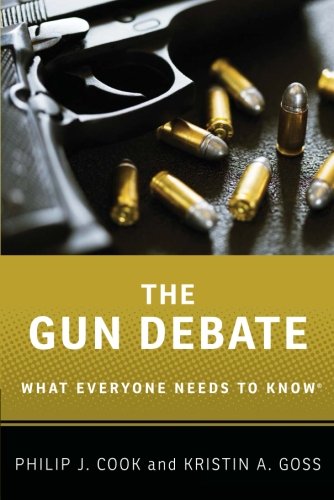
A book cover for The Gun Debate: What Everyone Needs to KnowÂ®; Philip J. Cook; Law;